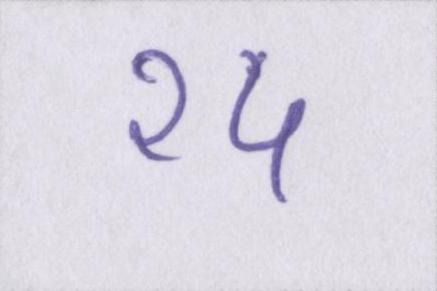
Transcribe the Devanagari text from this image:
१५